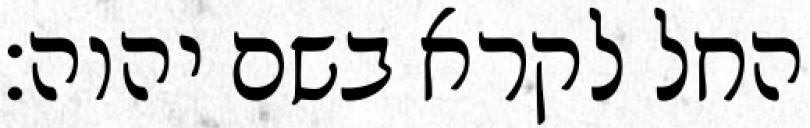
החל לקרא בשם יהוה׃